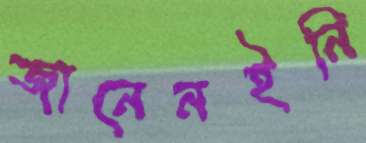
জানেনইনি